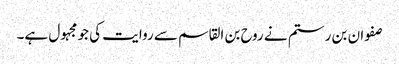
صفوان بن رستم نے روح بن القاسم سے روایت کی جو مجہول ہے۔